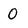
Character: 0